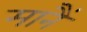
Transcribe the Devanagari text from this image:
मानैं